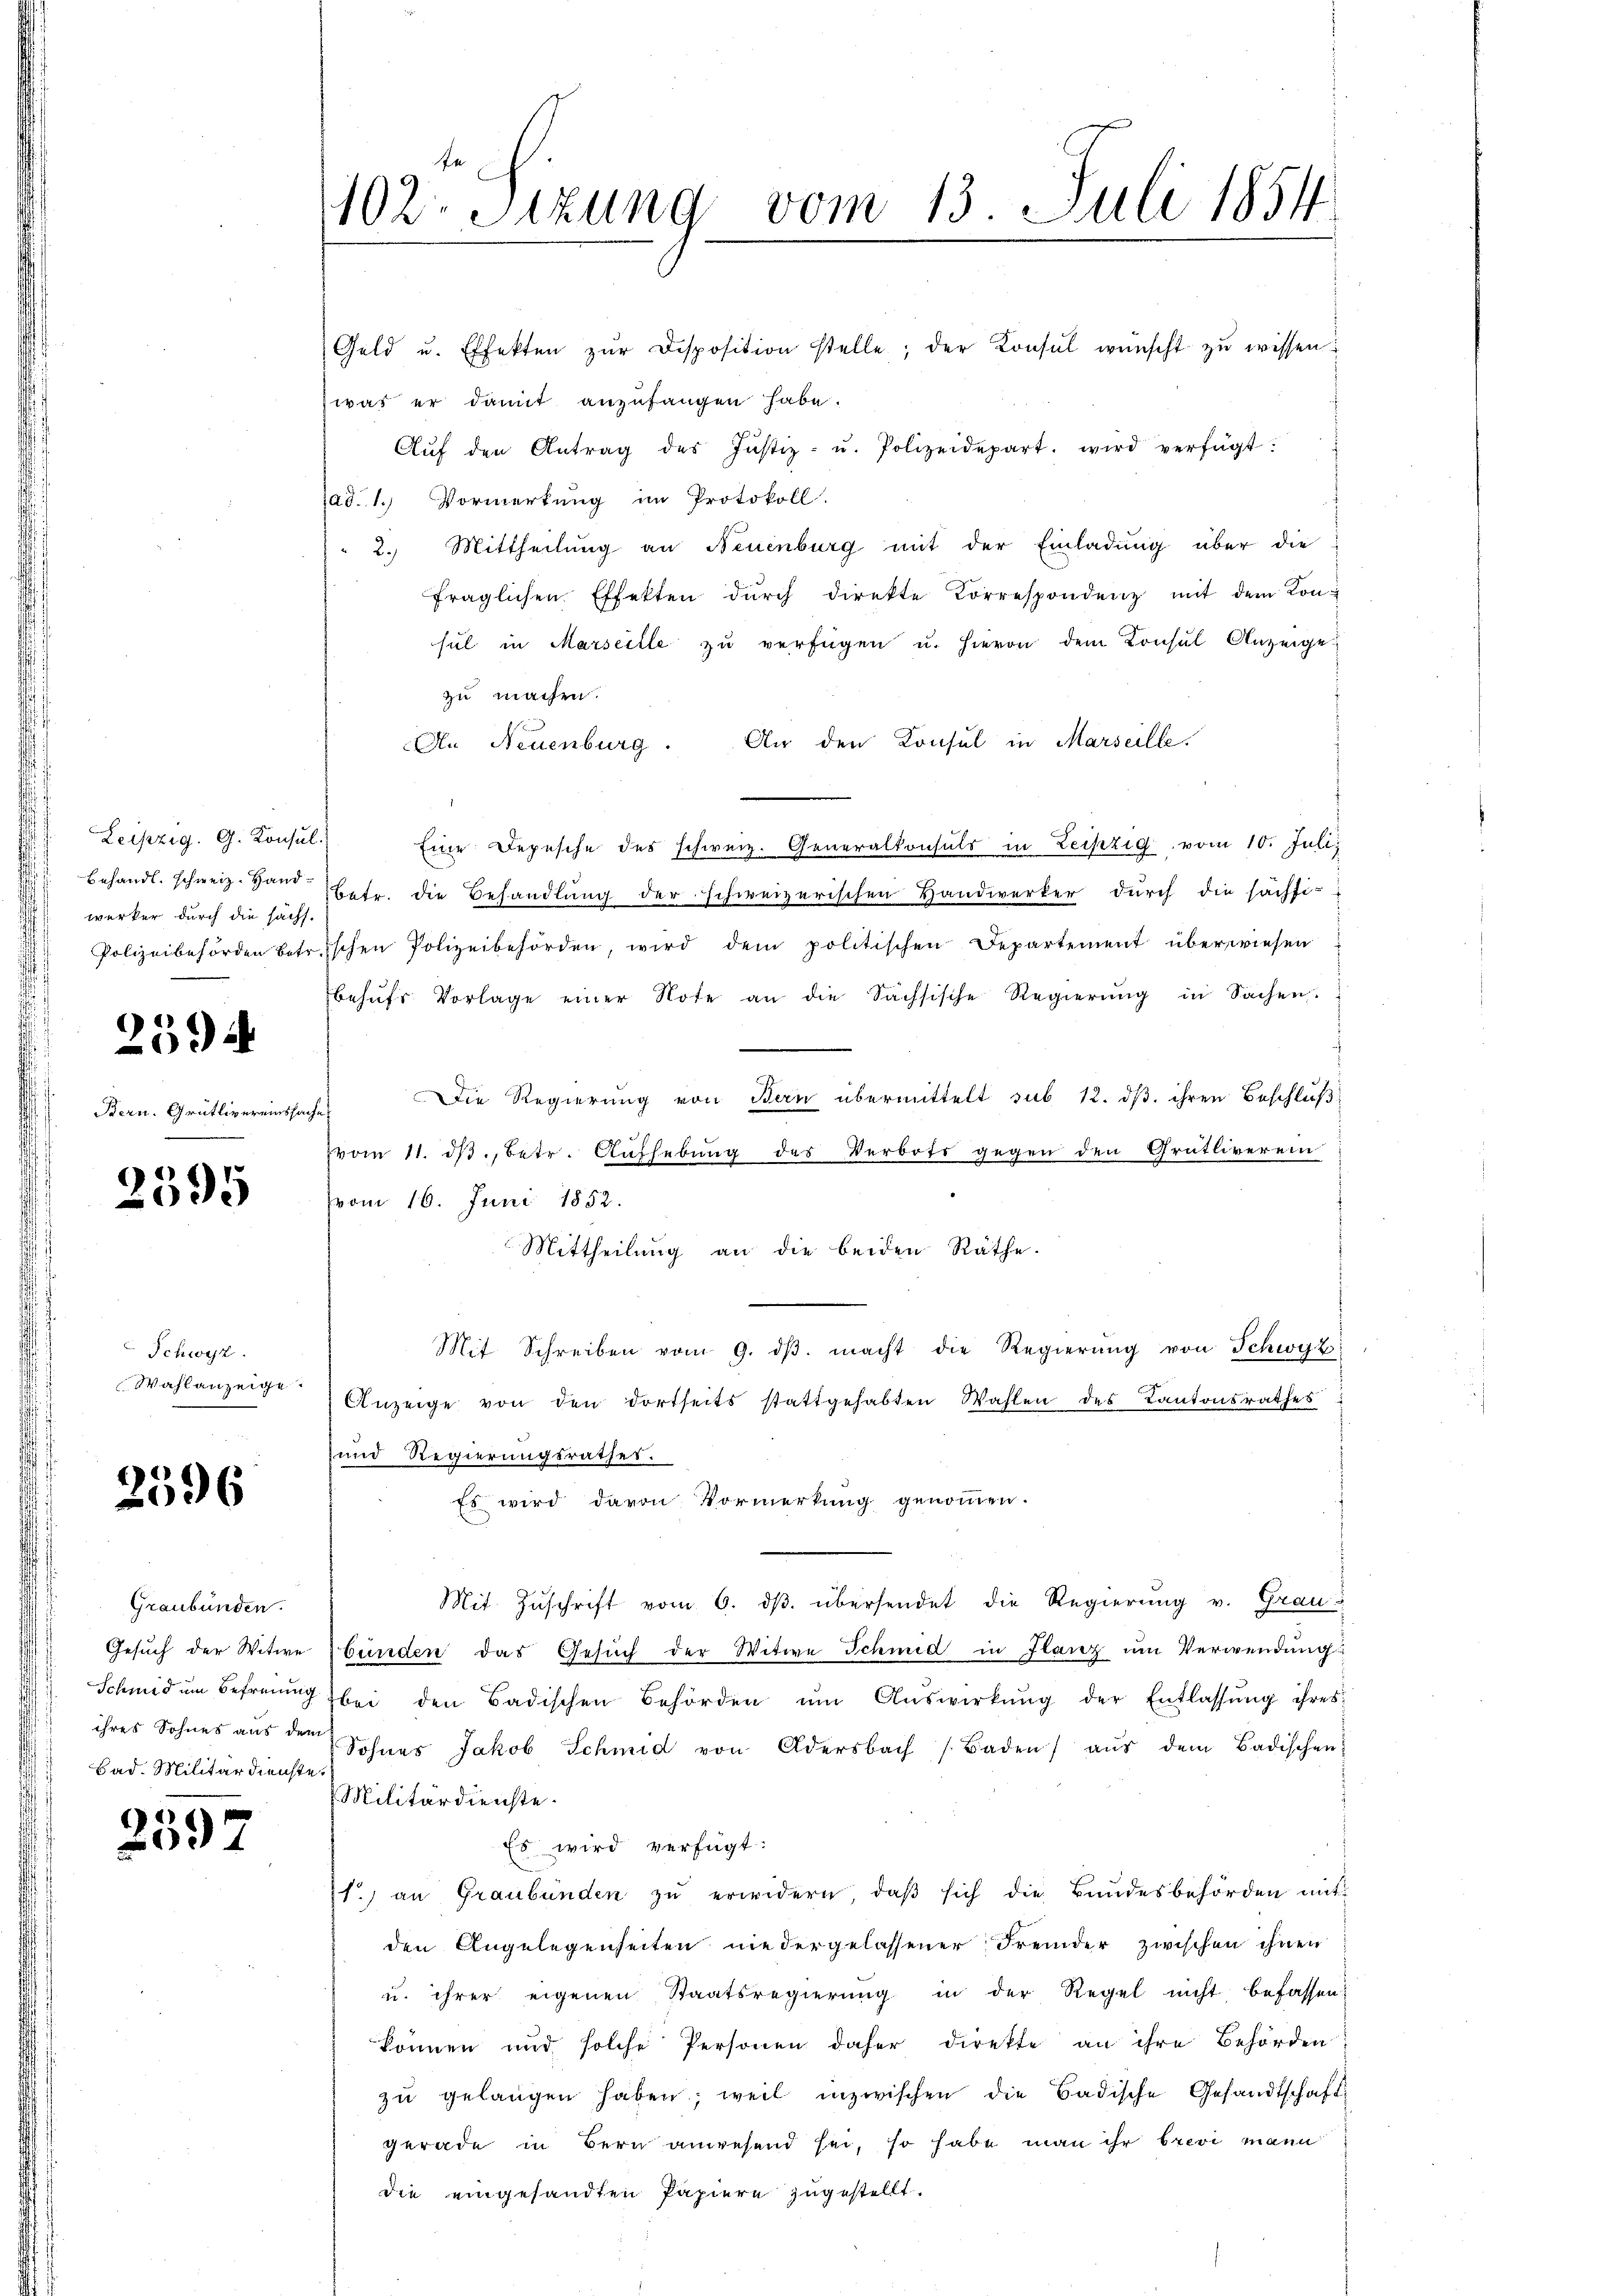
Leipzig. G. Konsul
werker durch die sacht.

2594

Bern. Gr.

2595

Schwyz.
Wahlanzeige

2596

Alivereinscha

Graubünden.
Gesuch der Witwe
Schmied um Befreiung
ihres Sohnes aus dem
Bad. Militärdienste.

2397

1102. Sizung vom 13. Juli 1854

Aŭf den Antrag des Justiz- u. Polizeidepart. wird verfügt:
ad. 1. Vormerkung im Protokoll.
2. Mittheilung an Neuenburg mit der Einladung über die
fraglichen Effekten dŭrch direkte Korrespondenz mit dem Konsul in Marseille zu verfügen u. hievon dem Konsul Anzeige
zu machen.
An Neuenburg. An den Konsul in Marseille.
Eine Depesche des schweiz. Generalkonsuls in Leipzig vom 10. Juli,
behandl. schweiz. Hand betr. die Behandlŭng der schweizerischen Handwerker dŭrch die sächti-
Polizeibehörden betrischen Polizeibehörden, wird dem politischen Departement überwiesen
behŭfs Vorlage einer Note an die Sachsische Regierŭng in Sachen
Die Regierung von Bern übermittelt sub 12. ds. ihren Beschluß
vom 11. ds., betr. Aufhebung des Verbots gegen den Grütliverein
vom 16. Juni 1852.
Mittheilung an die beiden Räthe.
Mit Schreiben vom 9. dβ. macht die Regierŭng von Schwyz
Anzeige von den dortseits stattgehabten Wahlen des Kantonsrathes
und Regierungsrathes:
Es wird davon Vormerkung genommen.
Mit Zuschrift vom 6. dβ übersendet die Regierung v. Grau
bunden das Gesuch der Witwe Schmid in Flanz um Verwendung
bei den Badischen Behörden ŭm Aŭswirkŭng der Entlassŭng ihres
Sohnes Jakob Schmid von Adersbach Baden aŭs dem Badischen:
Militärdienste.
Es wird verfügt:
f.) an Graubünden zŭ erwidern, daβ sich die Bundesbehörden mit
den Angelegenheiten niedergelassener Fremder zwischen ihnen
u. ihrer eigenen Staatsregierung in der Regel nicht befassen:
können und solche Personen daher direkte an ihre Behörden
zŭ gelangen haben; weil inzwischen die Badische Gesandtschaft
gerade in Bern anwesend sei, so habe man ihr brevi mann
die eingesandten Papiere zugestellt.

Geld u. Effekten zŭr Disposition stelle; der Konsul wünscht zŭ wissen:
zwar er damit anzufangen habe.